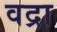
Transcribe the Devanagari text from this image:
वद्रा